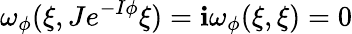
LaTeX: \omega_{\phi}(\xi,Je^{-I\phi}\xi)=\mathbf{i}\omega_{\phi}(\xi,\xi)=0